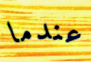
عندما